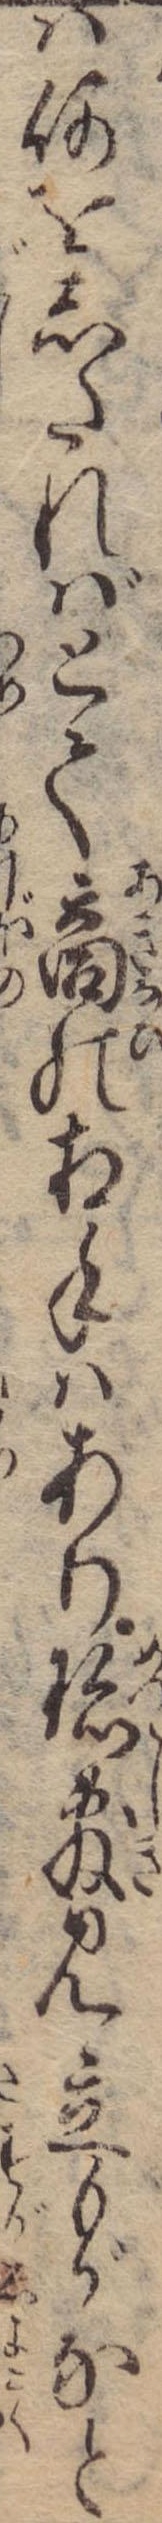
ば何をしたればとて商の相手はあり珍敷見立もがなと